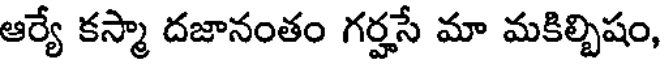
ఆర్యే కస్మా దజానంతం గర్హసే మా మకిల్బిషం,